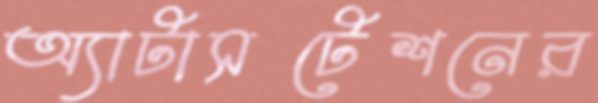
অ্যাটাসটেশনের